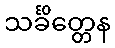
သင်္ခိတ္တေန